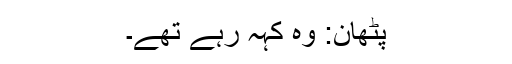
پٹھان: وہ کہہ رہے تھے۔